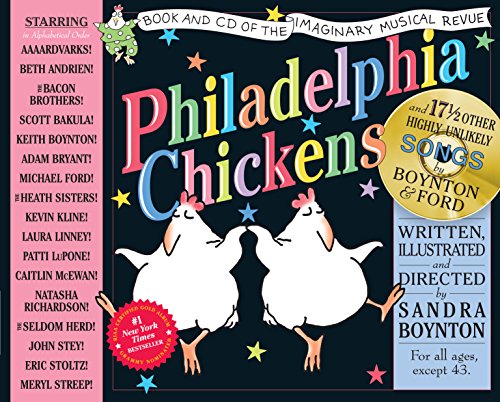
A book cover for Philadelphia Chickens: A Too-Illogical Zoological Musical Revue; Sandra Boynton; Children's Books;